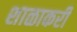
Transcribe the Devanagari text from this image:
शाळाकरी